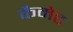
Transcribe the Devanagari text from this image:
कैमेट